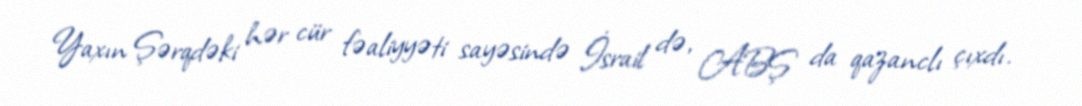
Yaxın Şərqdəki hər cür fəaliyyəti sayəsində İsrail də, ABŞ da qazanclı çıxdı.